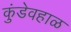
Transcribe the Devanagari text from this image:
कुंडेवहाळ